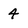
Character: 4